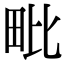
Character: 毗